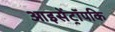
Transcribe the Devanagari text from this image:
आइसेंट्रॉपकि